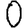
Digit: 0